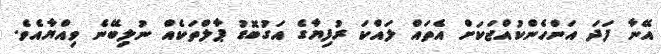
އޭނާ ފަދަ އަންހެންކުއްޖަކަށް އެތައް ލައްކަ ރުފިޔާގެ އަގުބޮޑު ޕާލްތަކެއް ނުލިބޭނެ ވިއްޔާއެވެ.